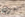
تعرف